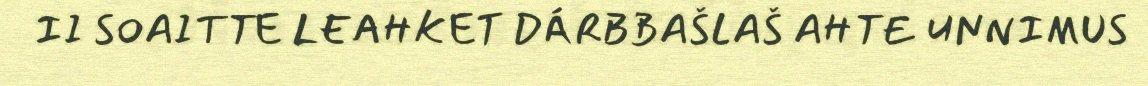
II SOAITTE LEAHKET DÁRBBAŠLAŠ AHTE UNNIMUS